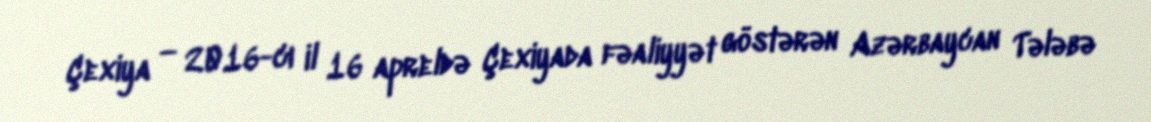
Çexiya — 2016-cı il 16 apreldə Çexiyada fəaliyyət göstərən Azərbaycan Tələbə